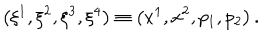
LaTeX: \left( \xi ^ { 1 } , \xi ^ { 2 } , \xi ^ { 3 } , \xi ^ { 4 } \right) \equiv \left( x ^ { 1 } , x ^ { 2 } , p _ { 1 } , p _ { 2 } \right) .